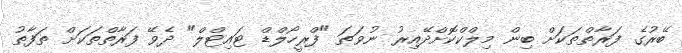
ބޭރުގެ ފަރާތްތަކަށް ބިން މިލްކްކޮށްދޭއިރު ނުވަތަ "ފްރީހޯލްޑް ޓައިޓްލް" ދެވޭ ފަރާތްތަކަށް ތަފާތު